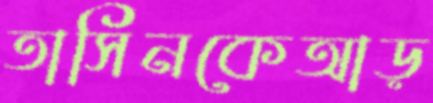
তাসিনকেআড়